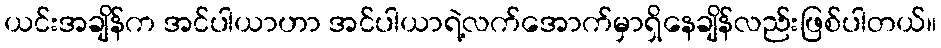
ယင်းအချိန်က အင်ပါယာဟာ အင်ပါယာရဲ့လက်အောက်မှာရှိနေချိန်လည်းဖြစ်ပါတယ်။